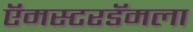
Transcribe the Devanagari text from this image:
ऍमस्टरडॅमला